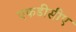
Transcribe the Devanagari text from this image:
एफडीसीए